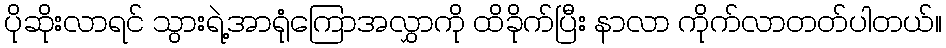
ပိုဆိုးလာရင် သွားရဲ့အာရုံကြောအလွှာကို ထိခိုက်ပြီး နာလာ ကိုက်လာတတ်ပါတယ်။